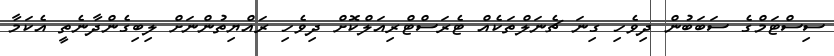
ސިސްޓަމްގެ ސަބަބުން ދިވެހި ގިނަ ޗެނަލްތަކެއް ޓެރަސްޓްރިއަލްކޮށް ދިވެހި ރައްޔިތުންނަށް ލިބިގެންދާނެތީ އެކަމާ